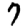
Digit: 7